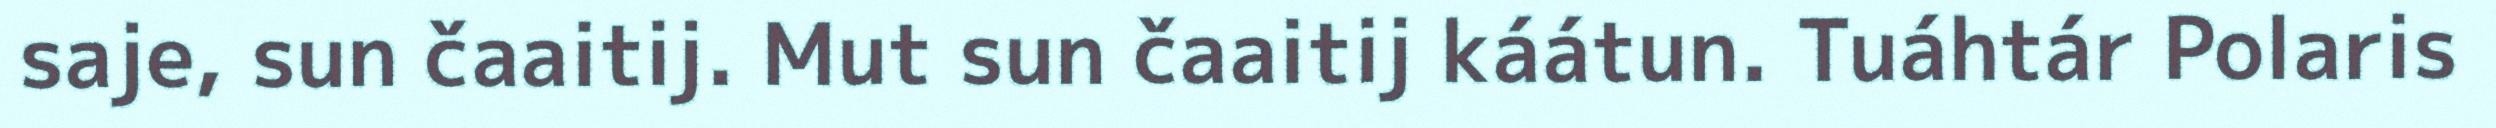
saje, sun čaaitij. Mut sun čaaitij káátun. Tuáhtár Polaris